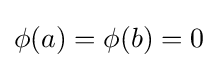
\phi (a)=\phi (b)=0